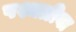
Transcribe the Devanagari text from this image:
पश्चग्रीवा